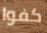
كفوا